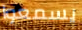
يسمعوا